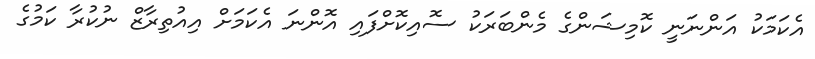
އެކަމަކު އަންނަނީ ކޮމިޝަންގެ މެންބަރަކު ސޮއިކޮށްފައި އޮންނަ އެކަމަށް އިއުތިރާޒް ނުކުރާ ކަމުގެ